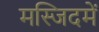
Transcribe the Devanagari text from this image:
मस्जिदमें